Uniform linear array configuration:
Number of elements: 4
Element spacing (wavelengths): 0.25
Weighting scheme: exponential
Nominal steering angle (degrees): -60
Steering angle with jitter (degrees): -59.336
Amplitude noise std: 0.05
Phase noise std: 0.05

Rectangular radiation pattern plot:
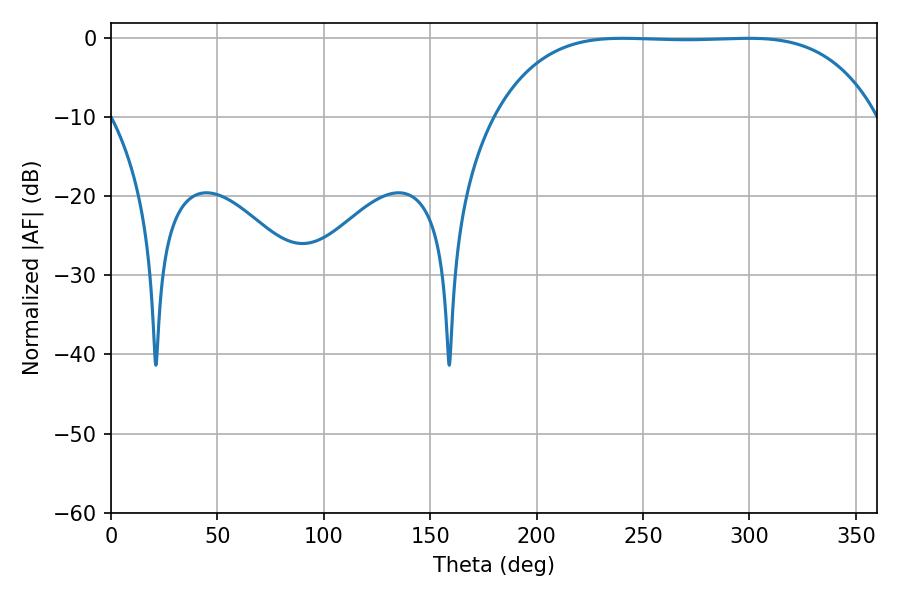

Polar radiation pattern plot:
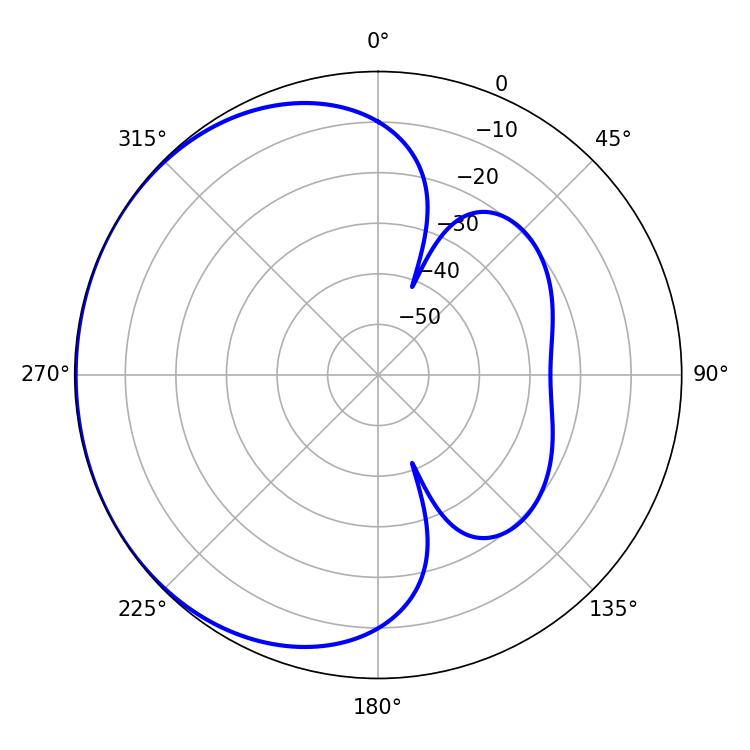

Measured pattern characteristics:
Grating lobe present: FALSE
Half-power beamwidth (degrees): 138.24
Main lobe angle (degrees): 240.48